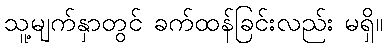
သူ့မျက်နှာတွင် ခက်ထန်ခြင်းလည်း မရှိ။